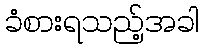
ခံစားရသည့်အခါ